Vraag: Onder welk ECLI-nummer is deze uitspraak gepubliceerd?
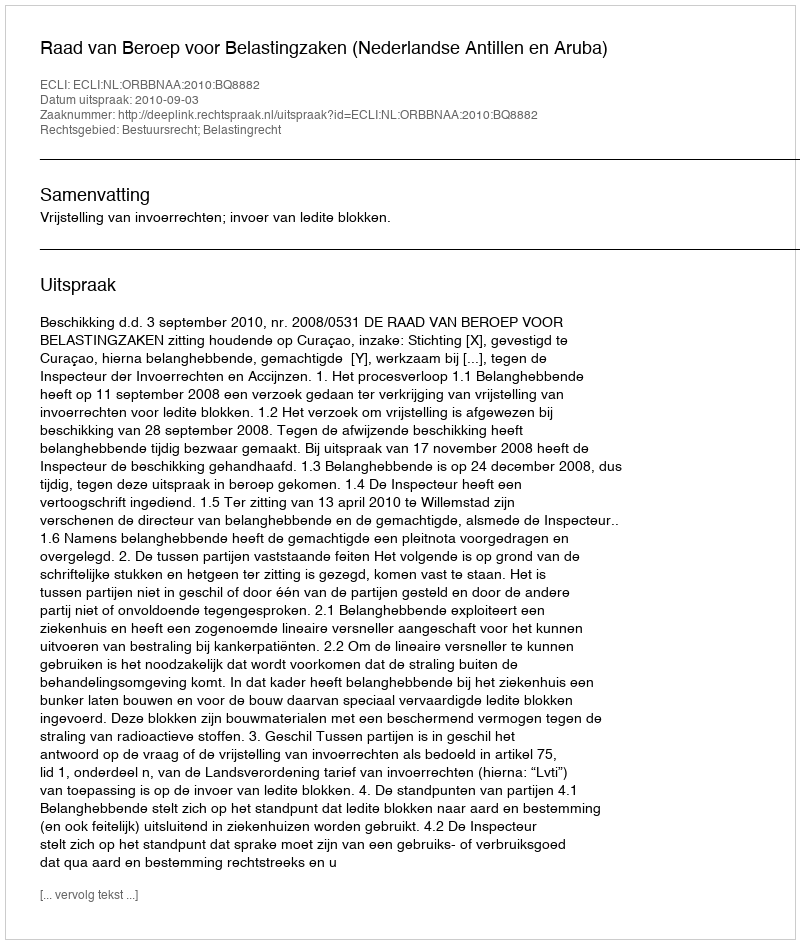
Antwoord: ECLI:NL:ORBBNAA:2010:BQ8882